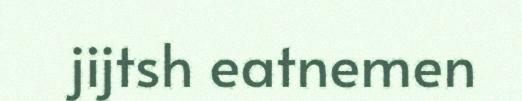
jijtsh eatnemen